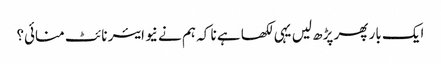
ایک بار پھر پڑھ لیں یہی لکھا ہے نا کہ ہم نے نیو ایئر نائٹ منائی؟